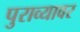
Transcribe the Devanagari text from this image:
पुराव्यावर